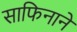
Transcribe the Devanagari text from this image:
साफिनाने